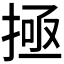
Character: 𫽄